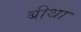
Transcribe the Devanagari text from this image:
बीथा